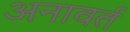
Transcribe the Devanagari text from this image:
अनावर्त